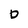
Character: o